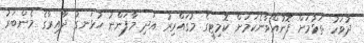
ދުވަހު ތަޅުމަށް ފޮނުއްވާނެކަމަށް ކޮމިޓީގެ މުގައްރިރު އަދި މާފަންނު ހުޅަނގު ދާއިރާގެ މެންބަރު